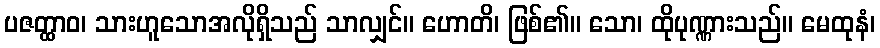
ပဇတ္ထာဝ၊ သားဟူသောအလိုရှိသည် သာလျှင်။ ဟောတိ၊ ဖြစ်၏။ သော၊ ထိုပုဏ္ဏားသည်။ မေထုနံ၊